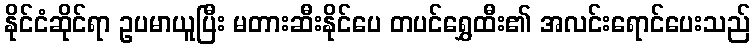
နိုင်ငံဆိုင်ရာ ဥပမာယူပြီး မတားဆီးနိုင်ပေ တပင်ရွှေထီး၏ အလင်းရောင်ပေးသည်